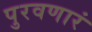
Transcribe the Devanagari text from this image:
पुरवणारं